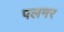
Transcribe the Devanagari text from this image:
पलमर